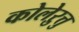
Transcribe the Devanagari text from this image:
कोलेऱुत्तु